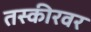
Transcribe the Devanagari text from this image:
तस्कीरवर